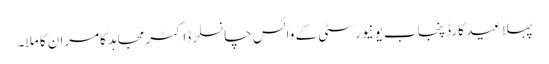
پہلا عید کارڈ پنجاب یونیورسٹی کے وائس چانسلر ڈاکٹر مجاہد کامران کا ملا۔